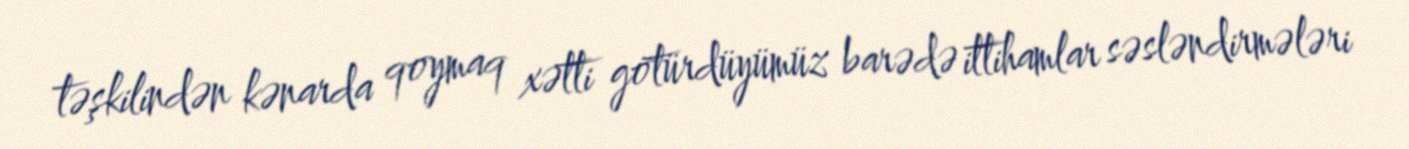
təşkilindən kənarda qoymaq xətti götürdüyümüz barədə ittihamlar səsləndirmələri